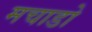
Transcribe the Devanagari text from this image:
मचाडो